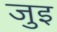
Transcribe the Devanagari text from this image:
जुइ